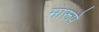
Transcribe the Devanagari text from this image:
मारूपे